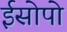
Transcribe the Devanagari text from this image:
ईसोपो